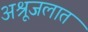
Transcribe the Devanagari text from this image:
अश्रूजलात